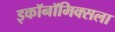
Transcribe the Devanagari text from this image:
इकॉनॉमिक्सला